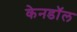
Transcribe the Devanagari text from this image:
केनडॉल